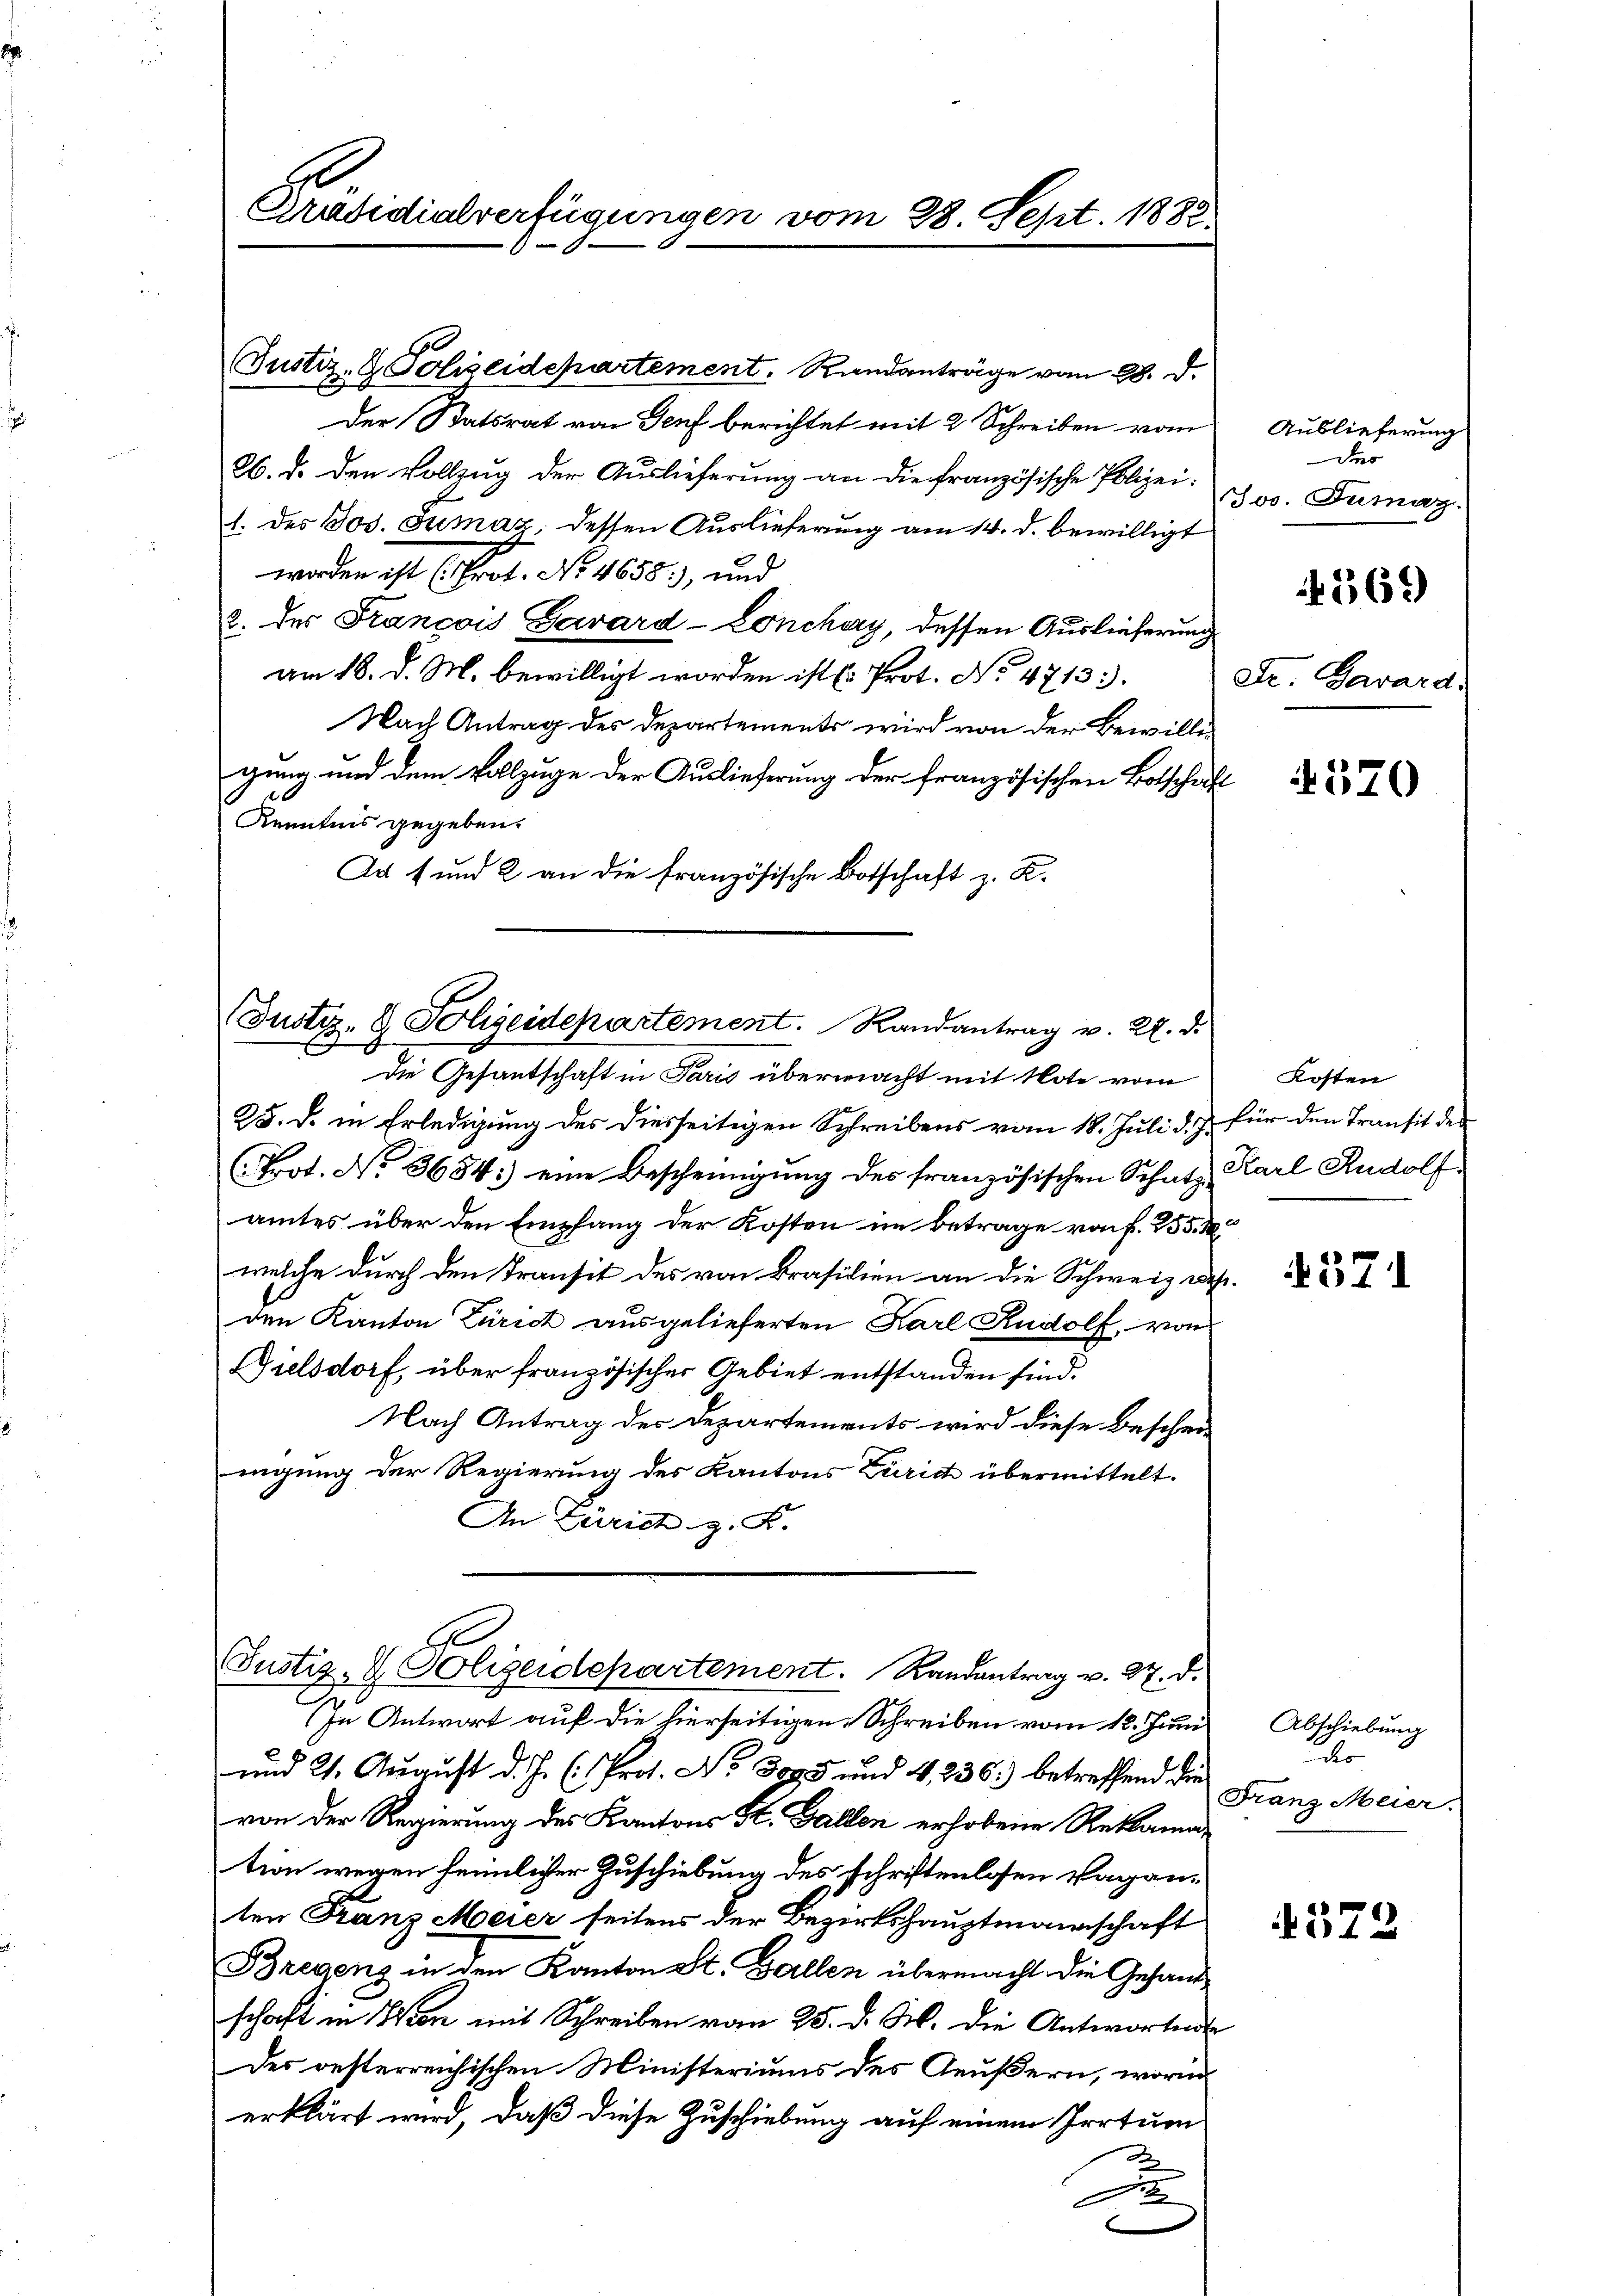
Präsidialverfügungen vom 28. Sept. 1888

(Justiz- & Polizeidepartement. Randanträge vom 28. d.
Der Statsrat von Genf berichtet mit 2 Schreiben vom
26. d. den Vollzug der Auslieferung an die französische Polizei:
1. des Jos. Tumaz: dessen Auslieferung am 14. d. bewilligt
worden ist (Prot. No 4655), und
2. des François Garard-Lonchy, dessen Auslieferung
am 18. d. M. bewilligt worden ist ( Prot. No 4713.
Nach Antrag des Departements wird von der Bewillig
gung und dem Vollzuge der Auslieferung der französischen Botschäft
Kenntnis gegeben.
Ad 1 und 2 an die französische Botschaft z. R.

E

(Justiz- & Polizeidepartement. Randantrag v. 22. d.
C
Die Gesantschaft in Paris übermacht mit Note vom

25. d. in Erledigung des diesseitigen Schreibens vom 18. Juli d. J. für den Transit des
(Prot. No. 3684: eine Bescheinigung des französischen Schatz-
amtes über den Empfang der Kosten im Betrage von f. 255. M
welche durch den Transit des von Brasilien an die Schweiz edes.
den Kanton Zürich ausgelieferten Karl Rudolf von
Dielsdorf, über französischer Gebiet entstanden sind.
Nach Antrag des Departements wird diese Bescheinigung der Regierung des Kantons Zürich übermittelt.
An Zürich z. R.
.
Justiz- V. Polizeidepartement. Randantrag v. 27. d.
In Antwort auf die hierseitigen Schreiben vom 12. Juni
und 21. August d. J. (Prot. No. 3093 und 4, 236) betreffend die
von der Regierung des Kantons St. Gallen erhobene Reklamation wegen heimlicher Zuschiebung des schriftenlosen Vaganten Franz Meier seitens der Bezirkshauptmannschaft
Bregens in den Kanton St. Gallen übermacht die Gesandschaft in Wien mit Schreiben vom 25. d. M. die Antwortens
des oesterreichischen Ministeriums des Aeußern, worinn
erklärt wird, daß diese Zuschiebung auf einem Irrtum
J
e

Auslieferung
Des
Jos. Tumaz.
569)
Dr. Gaward.

4570

Kosten
Karl Rudolf

571

Abschiebung
o
Franz Meier.

1372